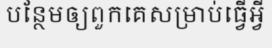
បន្ថែមឲ្យពួកគេសម្រាប់ធ្វើអ្វី